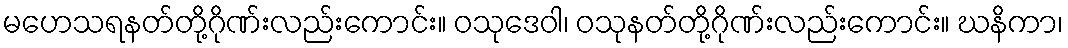
မဟေသရနတ်တို့ဂိုဏ်းလည်းကောင်း။ ဝသုဒေဝါ၊ ဝသုနတ်တို့ဂိုဏ်းလည်းကောင်း။ ဃနိကာ၊